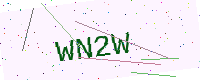
Text: WN2W